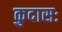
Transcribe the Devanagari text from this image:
कुदासः